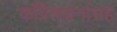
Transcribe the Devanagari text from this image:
काँग्रेसजनांसह